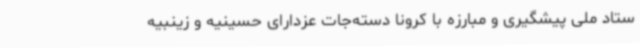
ستاد ملی پیشگیری و مبارزه با کرونا دسته‌جات عزدارای حسینیه و زینبیه